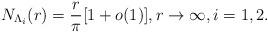
LaTeX: \begin{align*} N_{\Lambda_i}(r)=\frac{r}{\pi}[1+o(1)],r\to \infty,i=1,2.\end{align*}